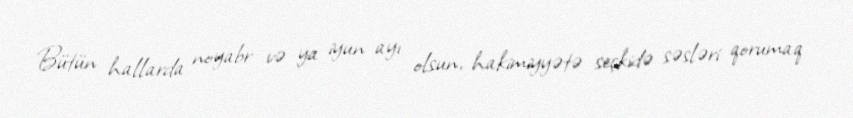
Bütün hallarda noyabr və ya iyun ayı olsun, hakimiyyətə seçkidə səsləri qorumaq